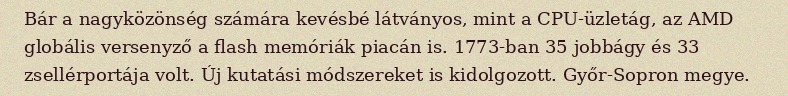
Bár a nagyközönség számára kevésbé látványos, mint a CPU-üzletág, az AMD globális versenyző a flash memóriák piacán is. 1773-ban 35 jobbágy és 33 zsellérportája volt. Új kutatási módszereket is kidolgozott. Győr-Sopron megye.